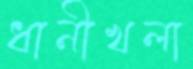
ধানীখলা